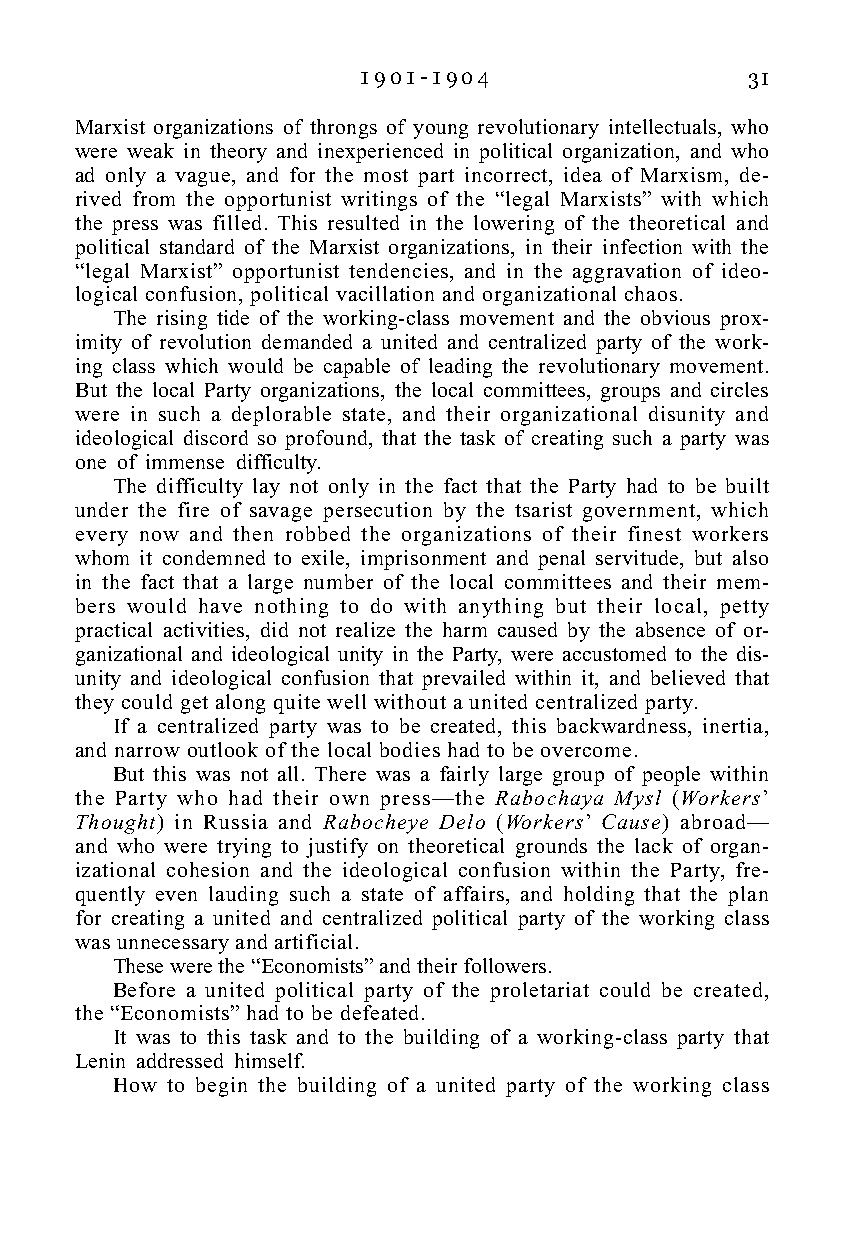
1 9 0 1 - 1 9 0 4         31
 Marxist organizations of throngs of young revolutionary intellectuals, who
 were weak in theory and inexperienced in political organization, and who
 ad only a vague, and for the most part incorrect, idea of Marxism, de-
 rived from the opportunist writings of the “legal Marxists” with which
 the press was filled. This resulted in the lowering of the theoretical and
 political standard of the Marxist organizations, in their infection with the
 “legal Marxist” opportunist tendencies, and in the aggravation of ideo-
 logical confusion, political vacillation and organizational chaos.
 The rising tide of the working-class movement and the obvious prox-
 imity of revolution demanded a united and centralized party of the work-
 ing class which would be capable of leading the revolutionary movement.
 But the local Party organizations, the local committees, groups and circles
 were in such a deplorable state, and their organizational disunity and
 ideological discord so profound, that the task of creating such a party was
 one of immense difficulty.
 The difficulty lay not only in the fact that the Party had to be built
 under the fire of savage persecution by the tsarist government, which
 every now and then robbed the organizations of their finest workers
 whom it condemned to exile, imprisonment and penal servitude, but also
 in the fact that a large number of the local committees and their mem-
 bers would have nothing to do with anything but their local, petty
 practical activities, did not realize the harm caused by the absence of or-
 ganizational and ideological unity in the Party, were accustomed to the dis-
 unity and ideological confusion that prevailed within it, and believed that
 they could get along quite well without a united centralized party.
 If a centralized party was to be created, this backwardness, inertia,
 and narrow outlook of the local bodies had to be overcome.
 But this was not all. There was a fairly large group of people within
 the Party who had their own press—the Rabochaya Mysl (Workers’
 Thought) in Russia and Rabocheye Delo (Workers’ Cause) abroad—
 and who were trying to justify on theoretical grounds the lack of organ-
 izational cohesion and the ideological confusion within the Party, fre-
 quently even lauding such a state of affairs, and holding that the plan
 for creating a united and centralized political party of the working class
 was unnecessary and artificial.
 These were the “Economists” and their followers.
 Before a united political party of the proletariat could be created,
 the “Economists” had to be defeated.
 It was to this task and to the building of a working-class party that
 Lenin addressed himself.
 How to begin the building of a united party of the working class